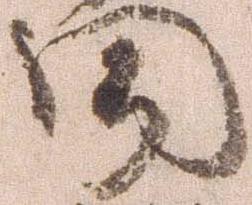
聞